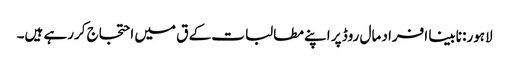
لاہور: نابینا افراد مال روڈ پر اپنے مطالبات کے ق میں احتجاج کررہے ہیں۔